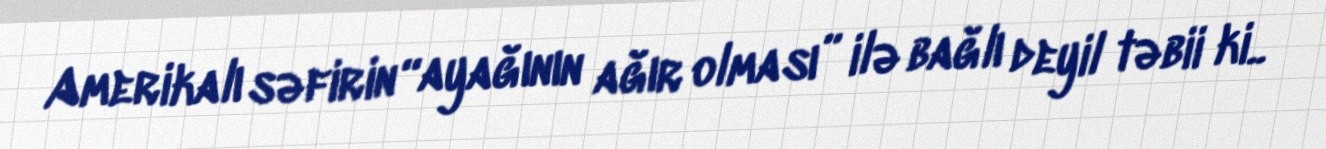
Amerikalı səfirin “ayağının ağır olması” ilə bağlı deyil təbii ki..